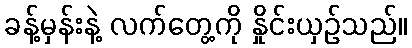
ခန့်မှန်းနဲ့ လက်တွေ့ကို နှိုင်းယှဉ်သည်။